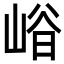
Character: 𡹒